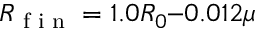
R \textsubscript { f i n } = 1 . 0 R _ { 0 } – 0 . 0 1 2 \mu